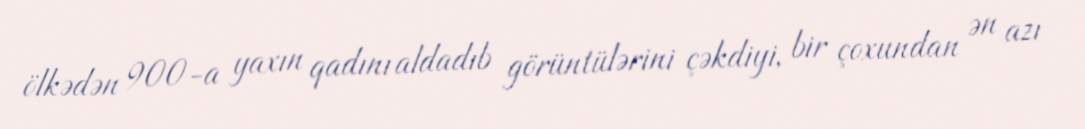
ölkədən 900-a yaxın qadını aldadıb görüntülərini çəkdiyi, bir çoxundan ən azı